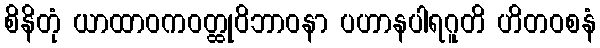
စိနိတုံ ယာထာဝကဝတ္ထုဝိဘာဝနာ ပဟာနပါရဂူတိ ဟိတဝစနံ